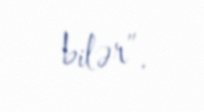
bilər”.